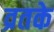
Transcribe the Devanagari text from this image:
व्रतके